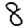
Digit: 8